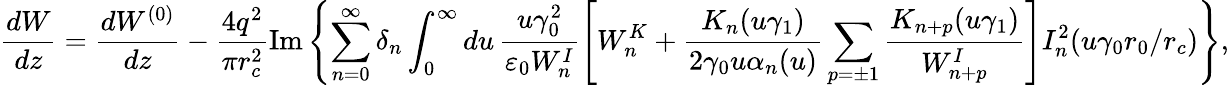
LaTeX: \frac{dW}{dz}=\frac{dW^{(0)}}{dz}-\frac{4q^{2}}{\pi r_{c}^{2}}\mathrm{Im}\left\{ \sum_{n=0}^{\infty}\delta_{n}\int_{0}^{\infty}du\, \frac{u\gamma_{0}^{2}}{\varepsilon_{0}W_{n}^{I}}\left[W_{n}^{K}+\frac{K_{n}(u\gamma_{1})}{2\gamma_{0}u\alpha_{n}(u)}\sum_{p=\pm 1}\frac{K_{n+p}(u\gamma_{1})}{W_{n+p}^{I}}\right]I_{n}^{2}(u\gamma_{0}r_{0}/r_{c})\right\} ,